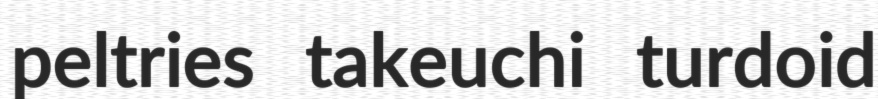
peltries takeuchi turdoid